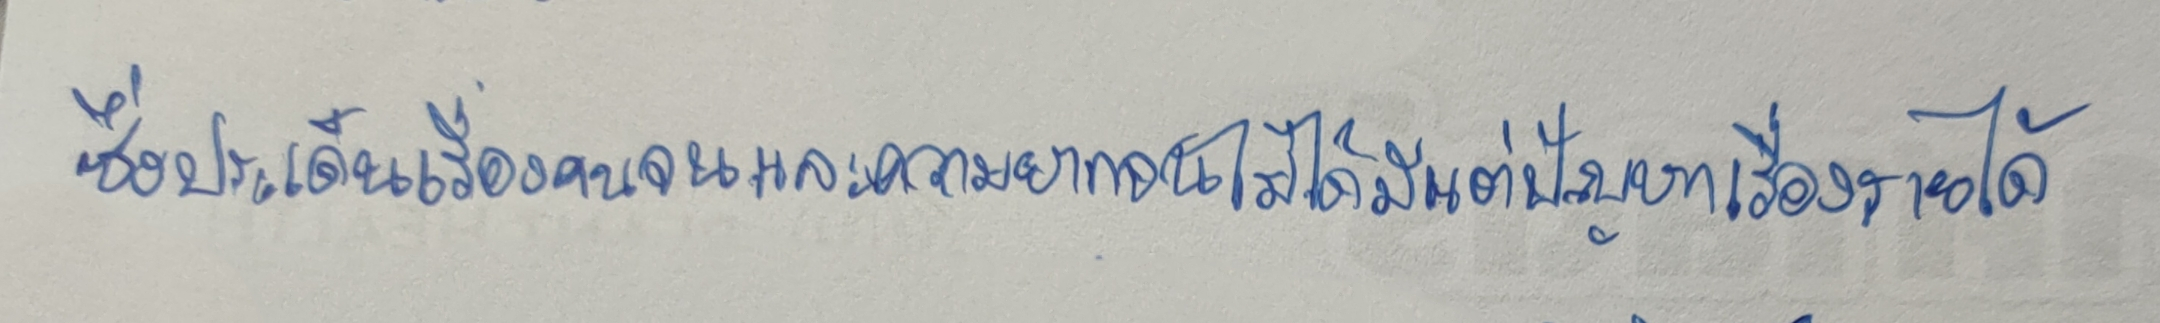
ซึ่งประเด็นเรื่องคนจนและความยากจนไม่ได้มีแต่ปัญหาเรื่องรายได้